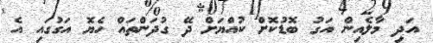
އަދި މާލެއިން އަގު ބޮޑުކޮށް ކުއްޔަށް ދޭ ގުދަންތައް ހެޔޮ އަގުގައި އެ